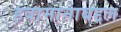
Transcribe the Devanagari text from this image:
हवामानाबद्दल